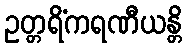
ဥတ္တရိံကရဏီယန္တိ